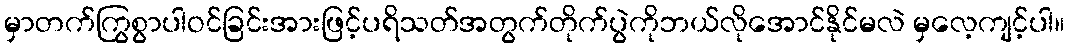
မှာတက်ကြွစွာပါဝင်ခြင်းအားဖြင့်ပရိသတ်အတွက်တိုက်ပွဲကိုဘယ်လိုအောင်နိုင်မလဲ မှလေ့ကျင့်ပါ။